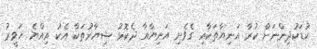
ކުޑަކުދިންނަށް ކުރާ އަނިޔާތަކާއި ގެވެށި އަނިޔާއާ ދެކޮޅު ޝިޔާރުތަކާ އެކު އިއްޔެ ހަވީރު